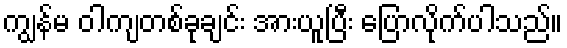
ကျွန်မ ဝါကျတစ်ခုချင်း အားယူပြီး ပြောလိုက်ပါသည်။